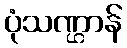
ပုံသဏ္ဌာန်